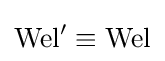
\operatorname {Wel} '\equiv \operatorname {Wel}